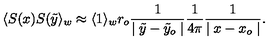
\langle S ( x ) S ( \tilde { y } \rangle _ { w } \approx \langle 1 \rangle _ { w } r _ { o } { \frac { 1 } { \mid \tilde { y } - \tilde { y } _ { o } \mid } } { \frac { 1 } { 4 \pi } } { \frac { 1 } { \mid x - x _ { o } \mid } } .